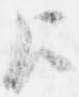
歟